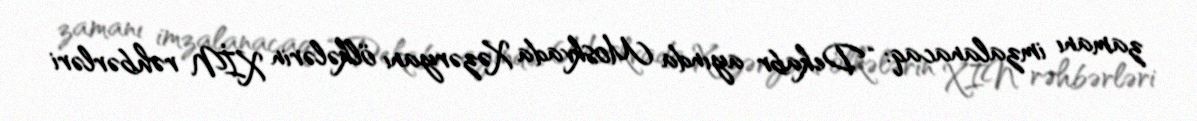
zamanı imzalanacaq: “Dekabr ayında Moskvada Xəzəryanı ölkələrin XİN rəhbərləri